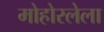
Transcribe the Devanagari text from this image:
मोहोरलेला